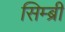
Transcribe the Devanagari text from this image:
सिम्ब्री